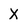
Character: X